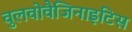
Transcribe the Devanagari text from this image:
वुलवोवैजिनाइटिस